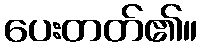
ပေးတတ်၏။